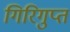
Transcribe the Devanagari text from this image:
गिरिगुप्त